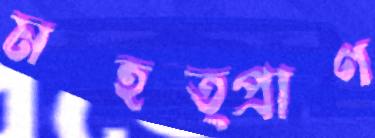
মহত্প্রাণ